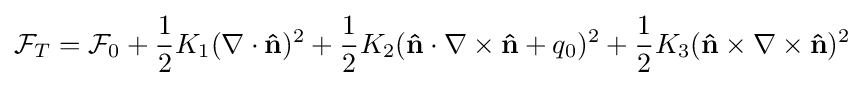
{\mathcal {F}}_{T}={\mathcal {F}}_{0}+{\frac {1}{2}}K_{1}(\nabla \cdot \mathbf {\hat {n}} )^{2}+{\frac {1}{2}}K_{2}(\mathbf {\hat {n}} \cdot \nabla \times \mathbf {\hat {n}} +q_{0})^{2}+{\frac {1}{2}}K_{3}(\mathbf {\hat {n}} \times \nabla \times \mathbf {\hat {n}} )^{2}